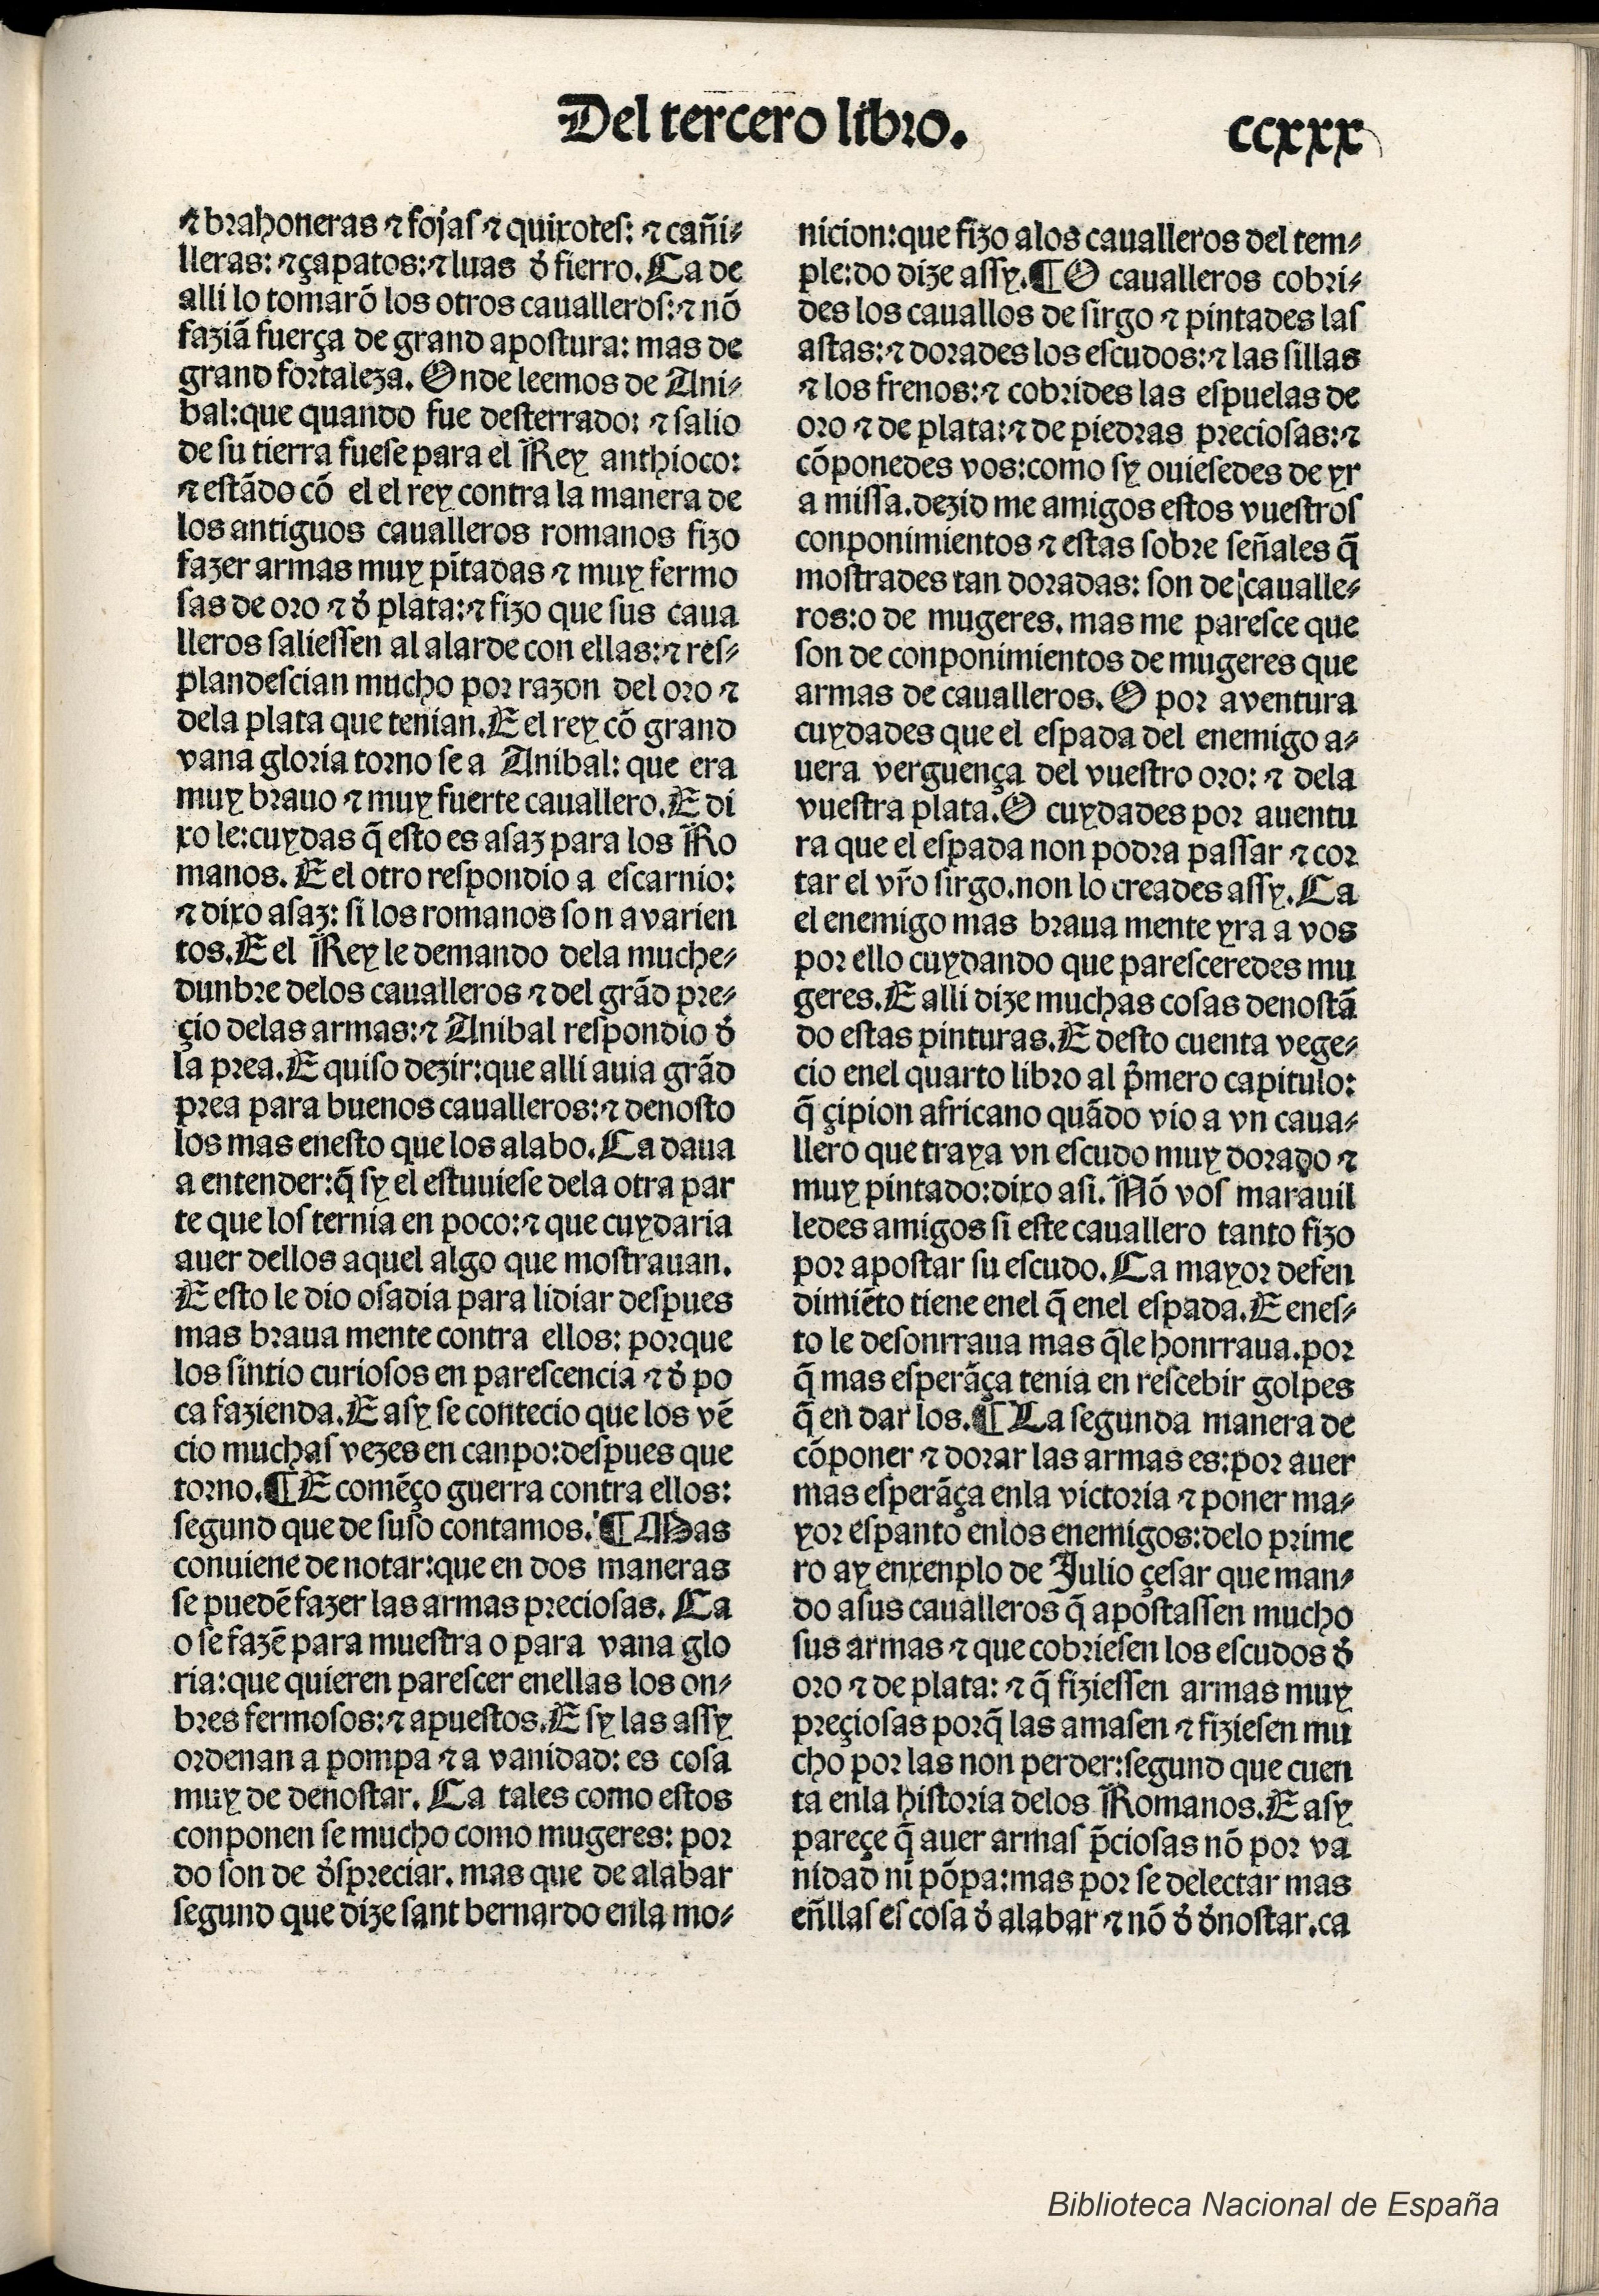
Shelfmark: Madrid, BNE, Inc. 901
Century: 15